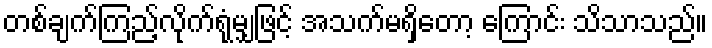
တစ်ချက်ကြည့်လိုက်ရုံမျှဖြင့် အသက်မရှိတော့ ကြောင်း သိသာသည်။